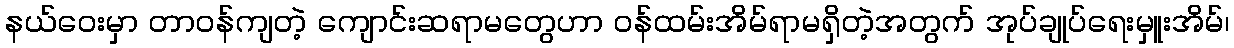
နယ်ဝေးမှာ တာဝန်ကျတဲ့ ကျောင်းဆရာမတွေဟာ ဝန်ထမ်းအိမ်ရာမရှိတဲ့အတွက် အုပ်ချုပ်ရေးမှူးအိမ်၊